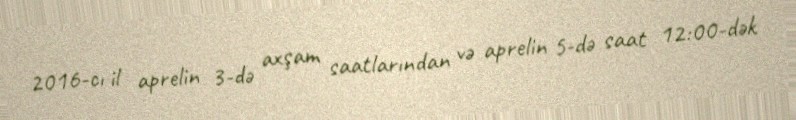
2016-cı il aprelin 3-də axşam saatlarından və aprelin 5-də saat 12:00-dək